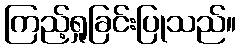
ကြည့်ရှုခြင်းပြုသည်။